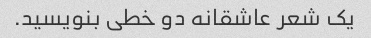
یک شعر عاشقانه دو خطی بنویسید.